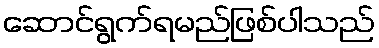
ဆောင်ရွက်ရမည်ဖြစ်ပါသည်